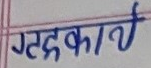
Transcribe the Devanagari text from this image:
गट्काये